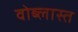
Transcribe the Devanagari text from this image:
वोब्लास्त